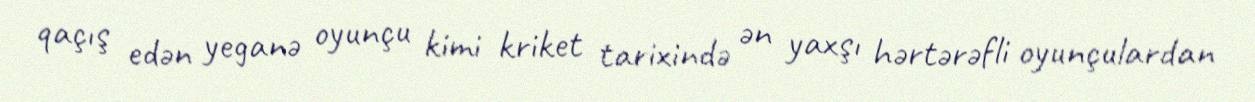
qaçış edən yeganə oyunçu kimi kriket tarixində ən yaxşı hərtərəfli oyunçulardan